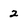
Character: 2